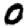
Digit: 0